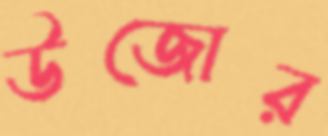
উজোর